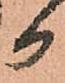
か